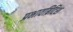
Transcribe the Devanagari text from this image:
प्रभावब्रिटिश